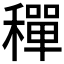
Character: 𬓿